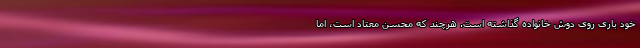
خود باری روی دوش خانواده گذاشته است. هرچند که محسن معتاد است، اما